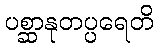
ပစ္ဆာနုတပ္ပရေတိ